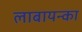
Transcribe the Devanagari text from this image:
लाबायन्का